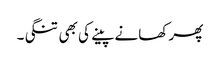
پھر کھانے پینے کی بھی تنگی۔